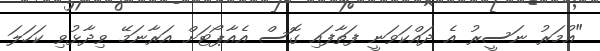
"އުމަރު ނަސީރު އެ ދައްކަވަނީ ފަތާފައި ގޮސް އެއާޕޯޓަށް އަރާނަމޭ ވިދާޅުވި ކަހަލަ